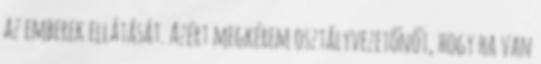
az emberek ellátását. Azért megkérem osztályvezetőnőt, hogy ha van